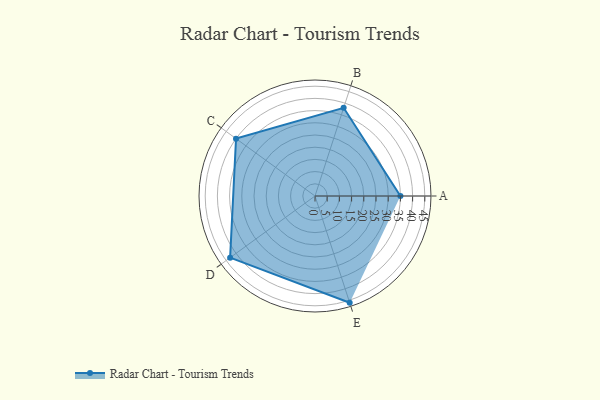
{"axis": {"x": "Skill", "y": "Score"}, "legend": ["Profile"], "data": [{"x": "A", "y": 35.0, "type": "Profile"}, {"x": "B", "y": 38.0, "type": "Profile"}, {"x": "C", "y": 40.0, "type": "Profile"}, {"x": "D", "y": 43.0, "type": "Profile"}, {"x": "E", "y": 46.0, "type": "Profile"}]}